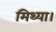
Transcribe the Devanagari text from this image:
मिथ्या।